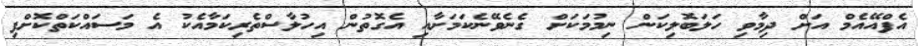
އެފްއޭއެމް އަށް ދިމާވި ހަލަބޮލިކަން ނިމުމަކަށް ގެނެވޭނެކަމަށާއި އެގޮތުން އިހުލާސްތެރިކަމާއެކު އެ މަސައްކަތްކޮށްފި